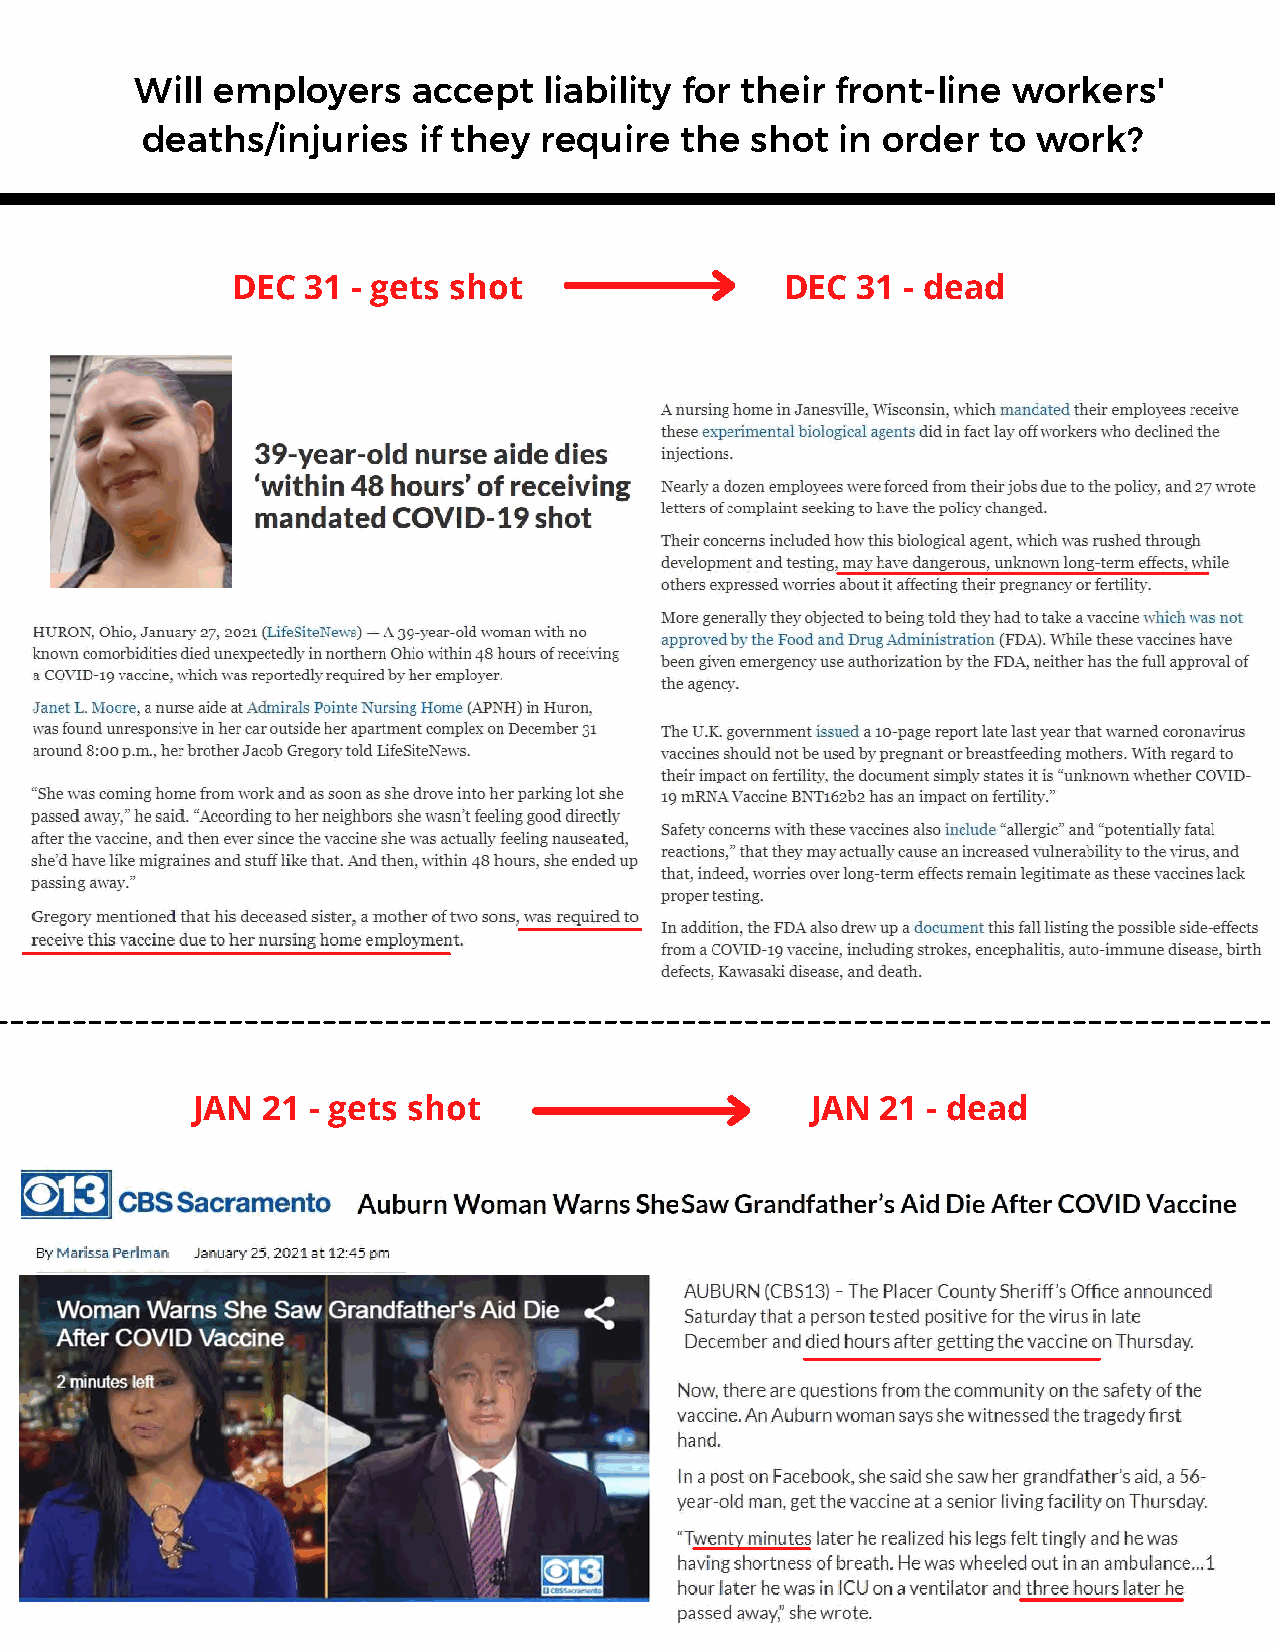
There     are   now     numerous          deaths
 Will employers    accept   liability for their front-line workers'
 linked     to  the   COVID       vaccine
 deaths/injuries    if they require  the  shot  in order  to work?
 DEC  31 - gets shot                  DEC  31 - dead
 JAN 21  - gets shot                      JAN 21 - dead